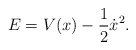
\begin{align*}E = V(x) - \frac{1}{2} \dot{x}^2. \end{align*}